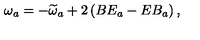
\omega _ { a } = - \widetilde { \omega } _ { a } + 2 \left( B E _ { a } - E B _ { a } \right) ,